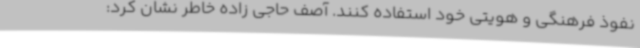
نفوذ فرهنگی و هویتی خود استفاده کنند. آصف حاجی زاده خاطر نشان کرد: